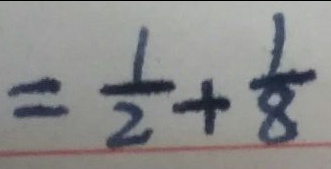
= \frac { 1 } { 2 } + \frac { 1 } { 8 }